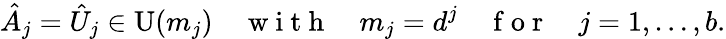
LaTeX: \hat{A}_{j}=\hat{U}_{j}\in\operatorname{U}(m_{j})\quad\mathrm{~w~i~t~h~}\quad m_{j}=d^{j}\quad\mathrm{~f~o~r~}\quad j=1,\dotsc,b.